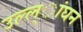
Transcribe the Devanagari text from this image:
उल्ल्ांघन